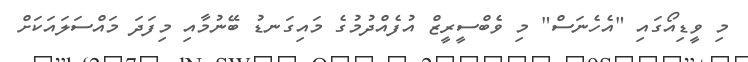
މި ވީޑިއޯގައި "އެހެނަސް" މި ވެބްސީރީޒް އުފެއްދުމުގެ މައިގަނޑު ބޭނުމާއި މިފަދަ މައްސަލައަކަށް